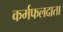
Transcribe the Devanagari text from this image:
कर्मफलदाता